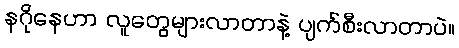
နဂိုနေဟာ လူတွေများလာတာနဲ့ ပျက်စီးလာတာပဲ။